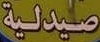
صیدلیة